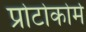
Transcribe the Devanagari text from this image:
प्रोटोकोर्म